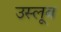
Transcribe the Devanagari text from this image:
उस्लूब